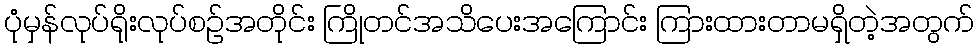
ပုံမှန်လုပ်ရိုးလုပ်စဉ်အတိုင်း ကြိုတင်အသိပေးအကြောင်း ကြားထားတာမရှိတဲ့အတွက်